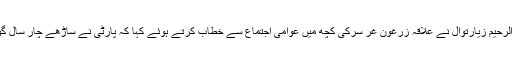
25 اپریل2018ء) پشتونخواملی عوامی پارٹی کے صوبائی سیکرٹری اور صوبائی اسمبلی میں اپوزیشن لیڈر عبدالرحیم زیارتوال نے علاقہ زرغون غر سرکی کچھ میں عوامی اجتماع سے خطاب کرتے ہوئے کہا کہ پارٹی نے ساڑھے چار سال گورنمنٹ کے حصہ دار کے طو ر پر جو ترقیاتی کام کیئے اس کی نظیر گزشتہ 70سال کی تاریخ میں نہیں ملتی۔